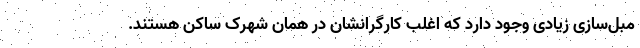
مبل‌سازی زیادی وجود دارد که اغلب کارگرانشان در همان شهرک ساکن هستند.